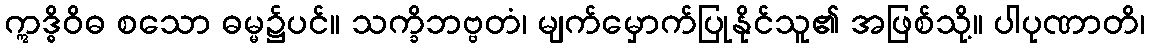
ဣဒ္ဓိဝိဓ စသော ဓမ္မ၌ပင်။ သက္ခိဘဗ္ဗတံ၊ မျက်မှောက်ပြုနိုင်သူ၏ အဖြစ်သို့။ ပါပုဏာတိ၊